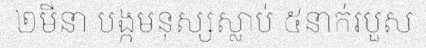
២មីនា បង្កមនុស្សស្លាប់ ៥នាក់របួស